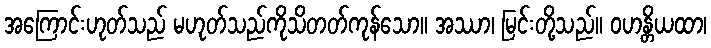
အကြောင်းဟုတ်သည် မဟုတ်သည်ကိုသိတတ်ကုန်သော။ အဿာ၊ မြင်းတို့သည်။ ဝဟန္တိယထာ၊